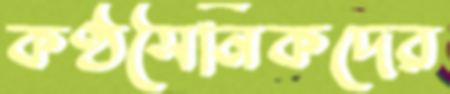
কণ্ঠসৈনিকদের